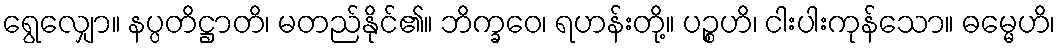
ရွေလျှော။ နပ္ပတိဋ္ဌာတိ၊ မတည်နိုင်၏။ ဘိက္ခဝေ၊ ရဟန်းတို့။ ပဉ္စဟိ၊ ငါးပါးကုန်သော။ ဓမ္မေဟိ၊